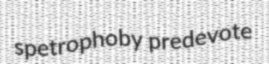
spetrophoby predevote